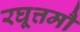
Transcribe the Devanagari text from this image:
रघूत्तमौ